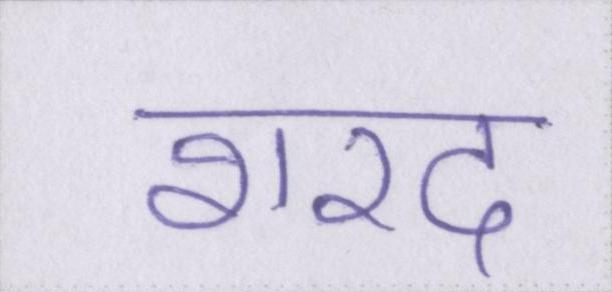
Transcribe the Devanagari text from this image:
शरद